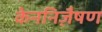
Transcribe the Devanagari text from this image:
केननिज़ैषण